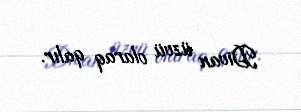
Divan üzvü olaraq qalır.